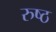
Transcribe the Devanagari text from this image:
रुष्ठ